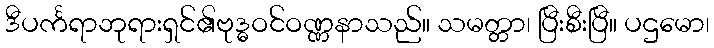
ဒီပင်္ကရာဘုရားရှင်၏ဗုဒ္ဓဝင်ဝဏ္ဏနာသည်။ သမတ္တာ၊ ပြီးစီးပြီ။ ပဌမော၊